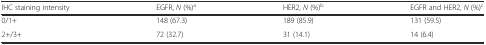
<table><thead><tr><td><b>IHC staining intensity</b></td><td><b>EGFR, <i>N</i> (%)<sup>a</sup></b></td><td><b>HER2, <i>N</i> (%)<sup>b</sup></b></td><td><b>EGFR and HER2, <i>N</i> (%)<sup>c</sup></b></td></tr></thead><tbody><tr><td>0/1+</td><td>148 (67.3)</td><td>189 (85.9)</td><td>131 (59.5)</td></tr><tr><td>2+/3+</td><td>72 (32.7)</td><td>31 (14.1)</td><td>14 (6.4)</td></tr></tbody></table>